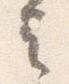
言